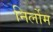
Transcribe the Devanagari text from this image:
निर्लोम